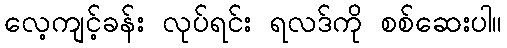
လေ့ကျင့်ခန်း လုပ်ရင်း ရလဒ်ကို စစ်ဆေးပါ။